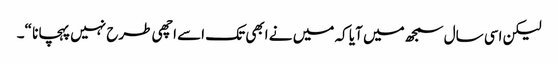
لیکن اسی سال سمجھ میں آیا کہ میں نے ابھی تک اسے اچھی طرح نہیں پہچانا “۔